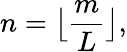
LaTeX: n={\bigl\lfloor}{\frac{m}{L}}{\bigr\rfloor},